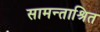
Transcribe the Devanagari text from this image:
सामन्ताश्रित